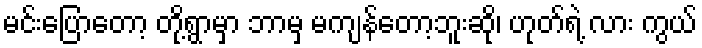
မင်းပြောတော့ တို့ရွာမှာ ဘာမှ မကျန်တော့ဘူးဆို၊ ဟုတ်ရဲ့ လား ကွယ်